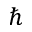
\hbar